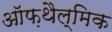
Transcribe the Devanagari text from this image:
ऑफ़थैल्मिक